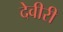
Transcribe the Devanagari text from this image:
देवीरी